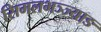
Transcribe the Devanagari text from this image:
सिमलभञ्ज्याङ